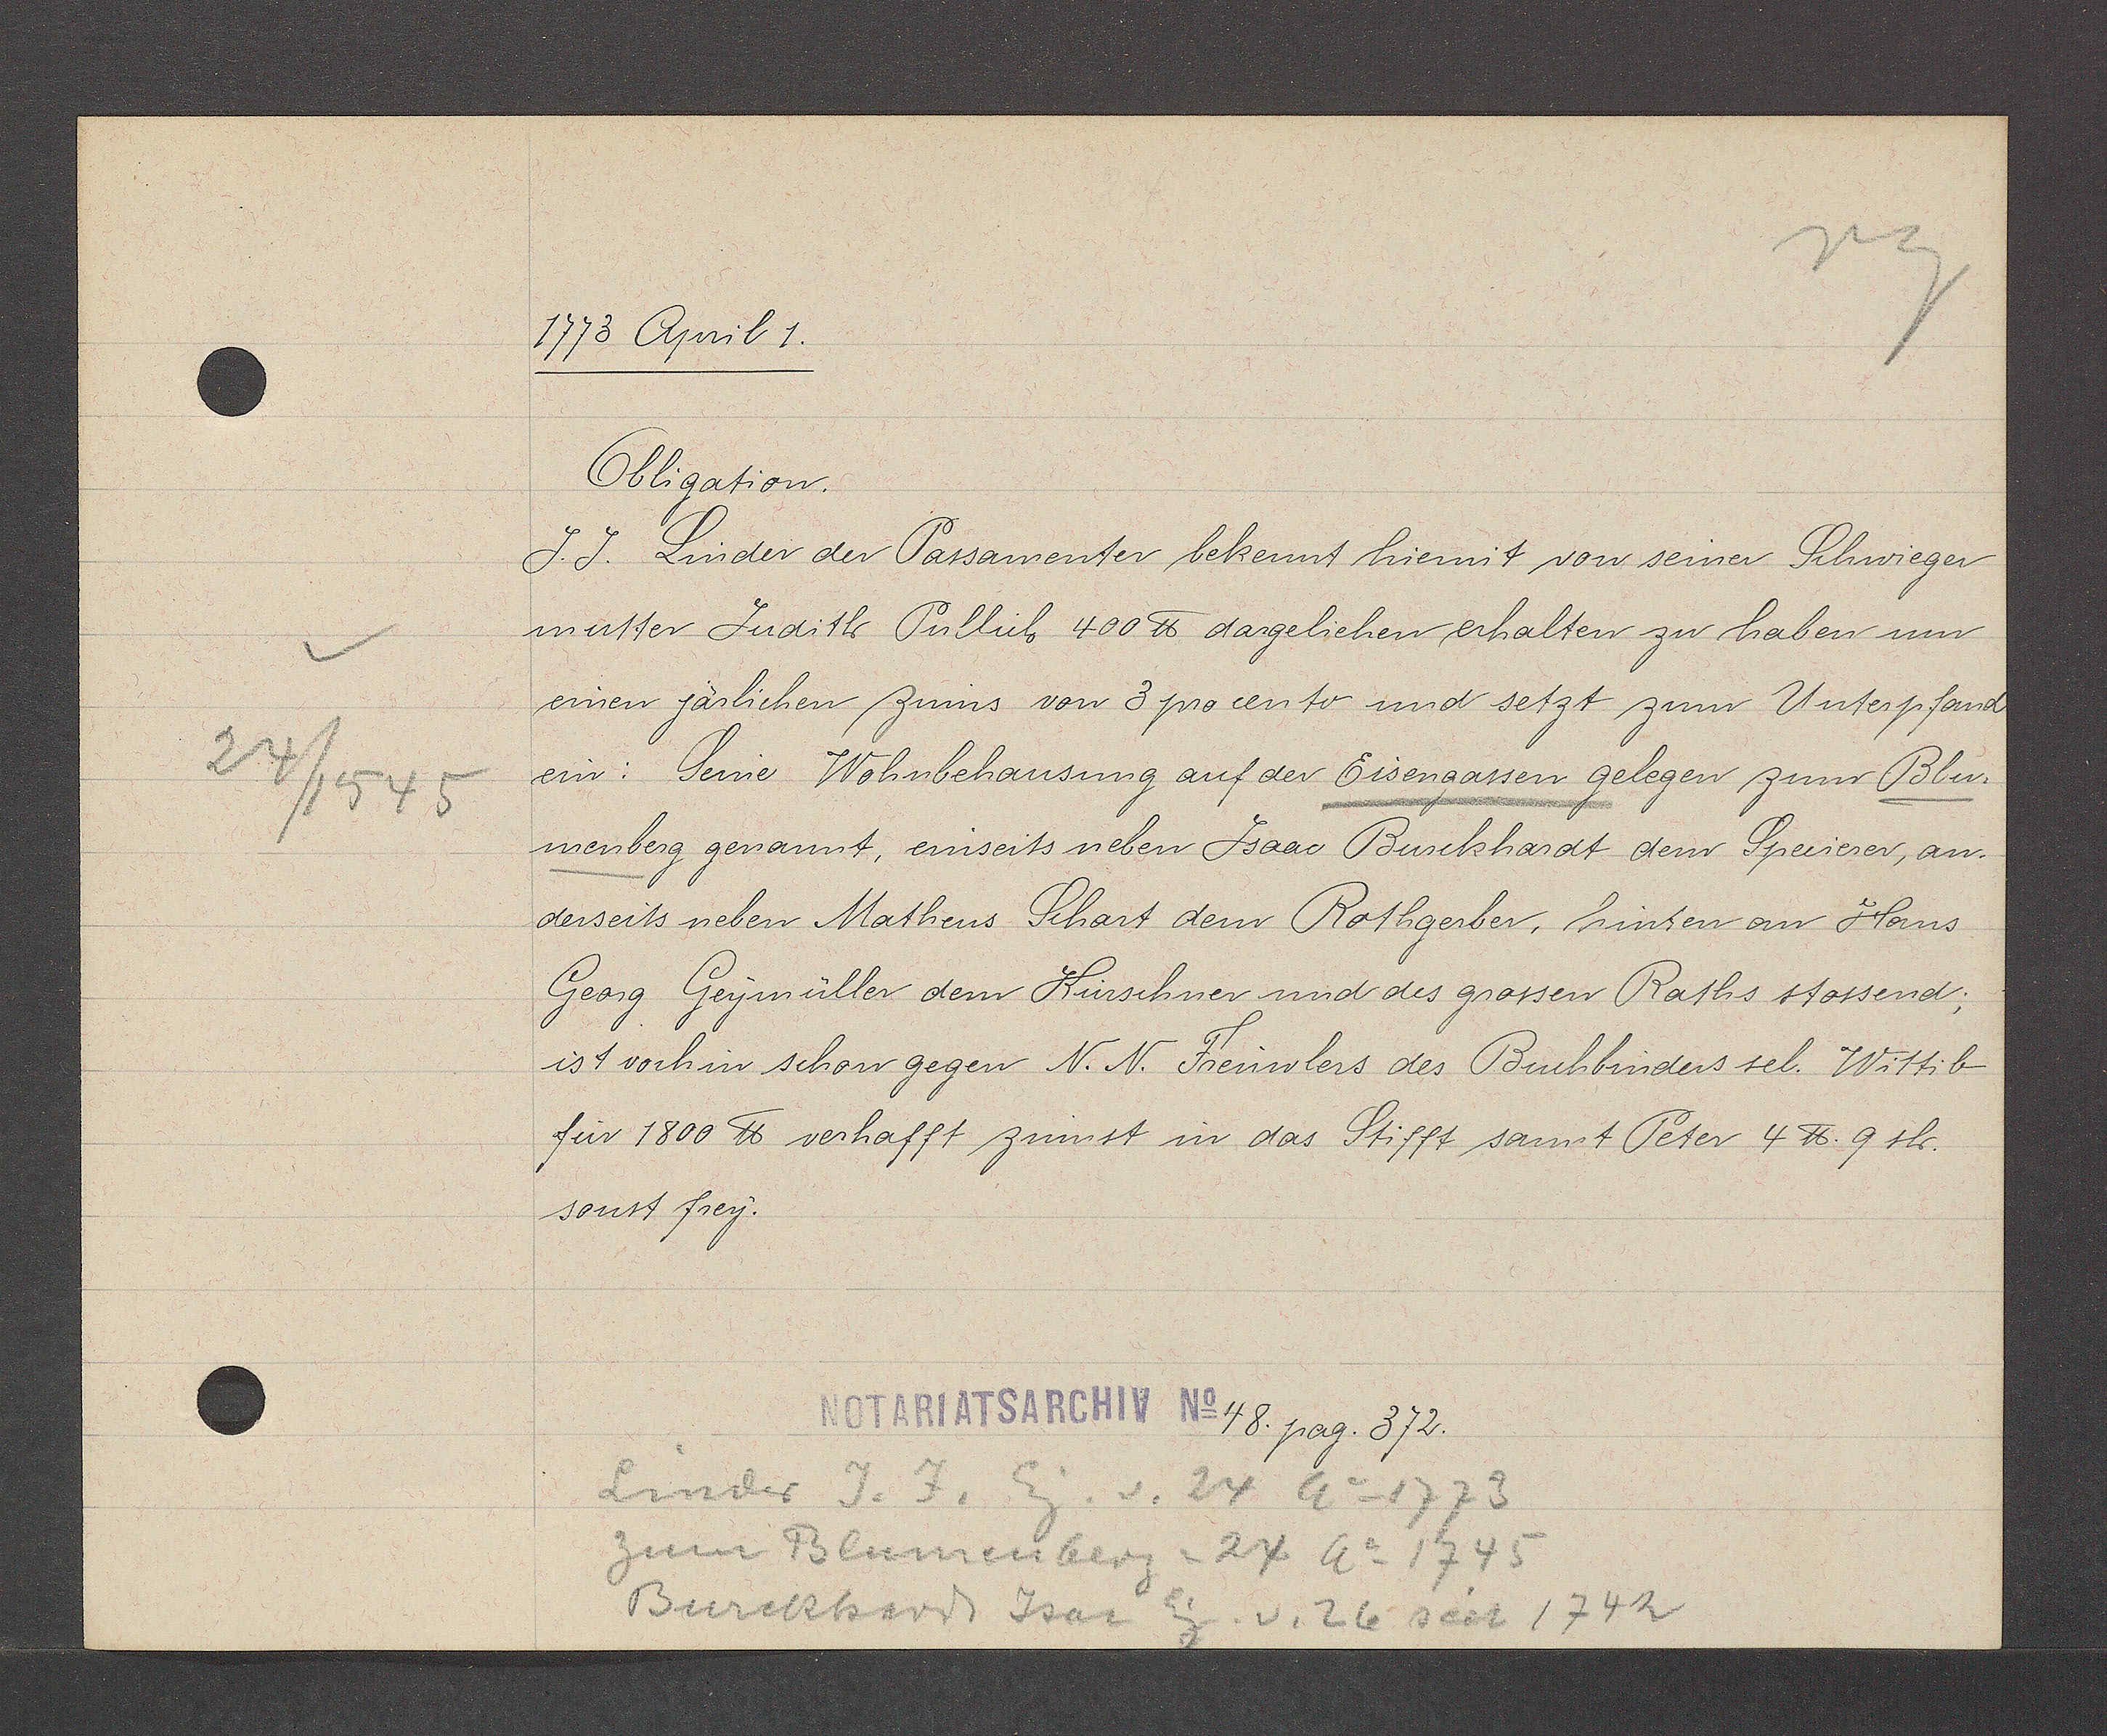
Transcript:
24/ 1545

1773 April 1.
Obligation.
J. J. Linder der Passamenter bekennt hiermit von seiner Schiwieger
mutter Judith Pullieb 400 ℔ dargeliehen erhalten zu haben um 
einen järlichen Zinns von 3 procento und setzt zum Unterpfand
ein: Seine Wohnbehausung auf der Eisengassen gelegen zumr Blu-
menberg genannt, einseits neben Jsaac Burckhardt dem Speiserer, an.
derseits neben Matheus Schart dem Rothgerber, hinten an Hans
Georg Geymüller dem Kürschner und des grossen Raths stossend;
ist vorhin schon gegen N. N. Freuwlers des Buchbinders sel. Wittib
für 1800 ℔ verhafft zinnst in das Stifft sannt Peter 4 ℔. 9 sh.
sonst frey.
48. pag. 372.
Linder J. J. Eg. v. 24 Ao 1773
zum Blumenberg=24 Ao 1745
Burckhardt Isac Eg. v. 26 seit 1742